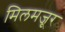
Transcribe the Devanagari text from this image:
मिलमजूर